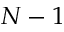
N - 1